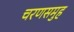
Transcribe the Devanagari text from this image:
चरणसमुह